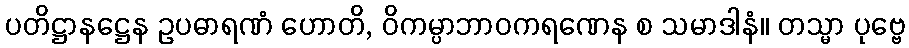
ပတိဋ္ဌာနဋ္ဌေန ဥပဓာရဏံ ဟောတိ, ဝိကမ္ပာဘာဝကရဏေန စ သမာဒါနံ။ တသ္မာ ပုဗ္ဗေ